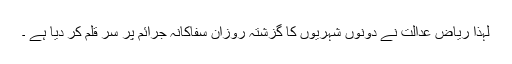
لہذا ریاض عدالت نے دونوں شہریوں کا گزشتہ روزان سفاکانہ جرائم پر سر قلم کر دیا ہے ۔